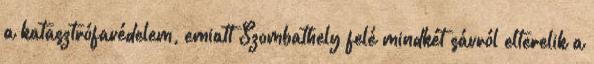
a katasztrófavédelem, emiatt Szombathely felé mindkét sávról elterelik a